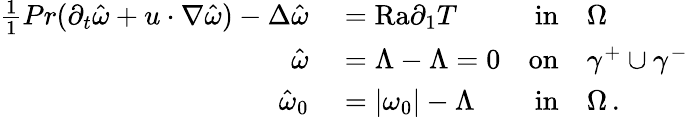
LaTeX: \begin{array}{rlrl}{\frac{1}{1}{{Pr}}(\partial_{t}\hat{\omega}+u\cdot\nabla\hat{\omega})-\Delta\hat{\omega}}&{{}=\mathrm{{Ra}}\partial_{1}T}&{\textnormal{in}}&{{}\Omega}\\ {\hat{\omega}}&{{}=\Lambda-\Lambda=0}&{\textnormal{on}}&{{}\gamma^{+}\cup\gamma^{-}}\\ {\hat{\omega}_{0}}&{{}=|\omega_{0}|-\Lambda}&{\textnormal{in}}&{{}\Omega\, .}\end{array}